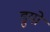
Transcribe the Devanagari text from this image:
डुयो